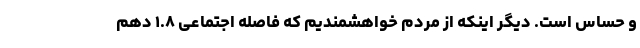
و حساس است. دیگر اینکه از مردم خواهشمندیم که فاصله اجتماعی ۱.۸ دهم